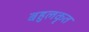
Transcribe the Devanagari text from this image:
बहुलकृत